Indian journal of veterinary science and animal husbandry - Volume 2,
Year: 1932
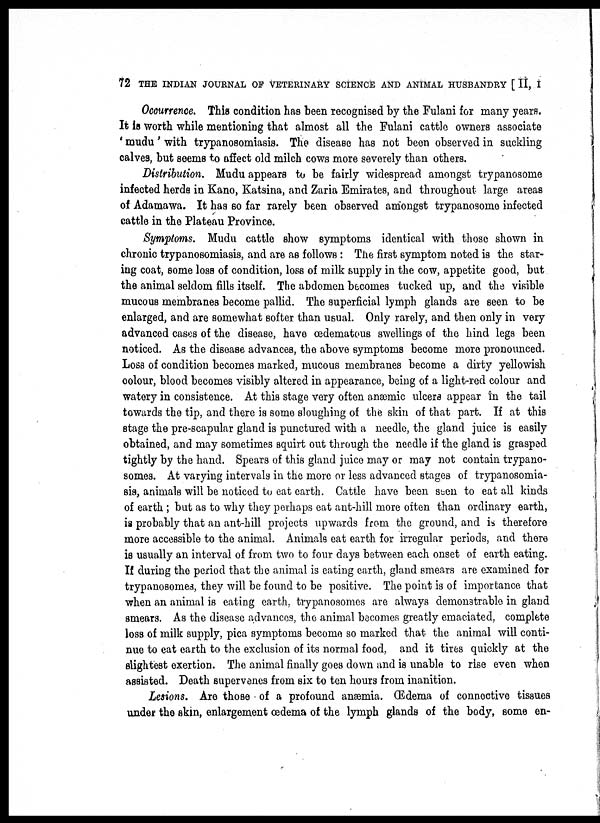
72 THE INDIAN JOURNAL OF VETERINARY SCIENCE AND ANIMAL HUSBANDRY [ II, I
Occurrence. This condition has been recognised by the Fulani for many years.
It is worth while mentioning that almost all the Fulani cattle owners associate
' mudu' with trypanosomiasis. The disease has not been observed in suckling
calves, but seems to affect old milch cows more severely than others.
Distribution. Mudu appears to be fairly widespread amongst trypanosome
infected herds in Kano, Katsina, and Zaria Emirates, and throughout large areas
of Adamawa. It has so far rarely been observed amongst trypanosome infected
cattle in the Plateau Province.
Symptoms. Mudu cattle show symptoms identical with those shown in
chronic trypanosomiasis, and are as follows: The first symptom noted is the star-
ing coat, some loss of condition, loss of milk supply in the cow, appetite good, but
the animal seldom fills itself. The abdomen becomes tucked up, and the visible
mucous membranes become pallid. The superficial lymph glands are seen to be
enlarged, and are somewhat softer than usual. Only rarely, and then only in very
advanced cases of the disease, have œdematous swellings of the hind legs been
noticed. As the disease advances, the above symptoms become more pronounced.
Loss of condition becomes marked, mucous membranes become a dirty yellowish
colour, blood becomes visibly altered in appearance, being of a light-red colour and
watery in consistence. At this stage very often anæmic ulcers appear in the tail
towards the tip, and there is some sloughing of the skin of that part. If at this
stage the pre-scapular gland is punctured with a needle, the gland juice is easily
obtained, and may sometimes squirt out through the needle if the gland is grasped
tightly by the hand. Spears of this gland juice may or may not contain trypano-
somes. At varying intervals in the more or less advanced stages of trypanosomia-
sis, animals will be noticed to eat earth. Cattle have been seen to eat all kinds
of earth ; but as to why they perhaps eat ant-hill more often than ordinary earth,
is probably that an ant-hill projects upwards from the ground, and is therefore
more accessible to the animal. Animals eat earth for irregular periods, and there
is usually an interval of from two to four days between each onset of earth eating.
If during the period that the animal is eating earth, gland smears are examined for
trypanosomes, they will be found to be positive. The point is of importance that
when an animal is eating earth, trypanosomes are always demonstrable in gland
smears. As the disease advances, the animal becomes greatly emaciated, complete
loss of milk supply, pica symptoms become so marked that the animal will conti-
nue to eat earth to the exclusion of its normal food, and it tires quickly at the
slightest exertion. The animal finally goes down and is unable to rise even when
assisted. Death supervenes from six to ten hours from inanition.
Lesions. Are those of a profound anæmia. Œdema of connective tissues
under the skin, enlargement œdema of the lymph glands of the body, some en-